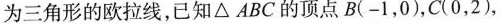
为三角形的欧拉线，已知△ABC的顶点B(-1，0)，C(0，2)，